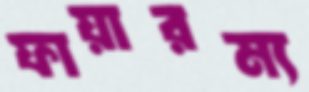
ফায়ারম্য